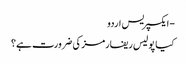
- ایکسپریس اردو
کیا پولیس ریفارمز کی ضرورت ہے؟